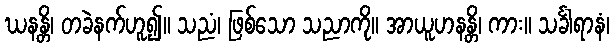
ဃနန္တိ၊ တခဲနက်ဟူ၍။ သညံ၊ ဖြစ်သော သညာကို။ အာယူဟနန္တိ၊ ကား။ သင်္ခါရာနံ၊